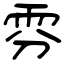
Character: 雰